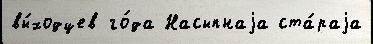
вы́ходцев го́да Насыпнаjа ста́раjа